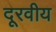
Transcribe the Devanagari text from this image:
दूरवीय